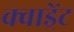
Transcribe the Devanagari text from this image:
क्वाड्रेंट